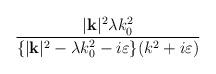
LaTeX: \begin{align*}\frac{|\mathbf{k}|^{2}\lambda k_{0}^{2}}{\{|\mathbf{k}|^{2}-\lambda k_{0}^{2}-i\varepsilon \}(k^{2}+i\varepsilon )}\end{align*}